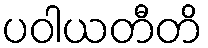
ပဝါယတီတိ